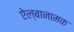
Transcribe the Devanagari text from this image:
ऐल्बानामक